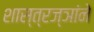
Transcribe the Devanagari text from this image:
शास्त्रज्ञांने